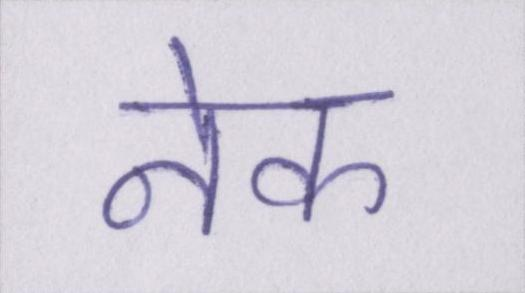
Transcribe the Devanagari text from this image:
नेक